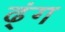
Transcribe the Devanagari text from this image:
ढ्ंग